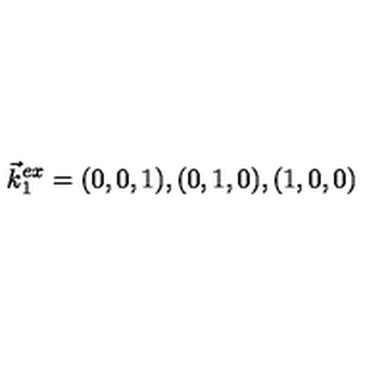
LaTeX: \vec { k } _ { 1 } ^ { e x } = ( 0 , 0 , 1 ) , ( 0 , 1 , 0 ) , ( 1 , 0 , 0 )